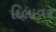
દિલાવર